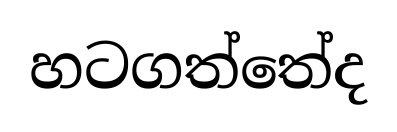
හටගත්තේද